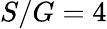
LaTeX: S/G=4